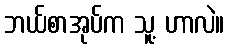
ဘယ်စာအုပ်က သူ့ ဟာလဲ။